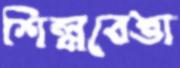
শিল্পবেত্তা